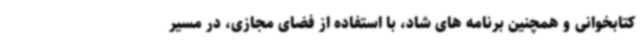
کتابخوانی و همچنین برنامه های شاد، با استفاده از فضای مجازی، در مسیر